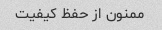
ممنون از حفظ کیفیت